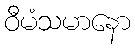
ဝီမံသမာနော